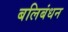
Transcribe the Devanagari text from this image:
बलिबंधन